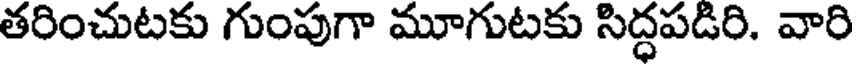
తరించుటకు గుంపుగా మూగుటకు సిద్ధపడిరి. వారి